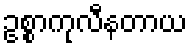
ဥစ္စာကုလီနတာယ